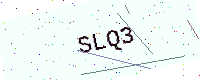
Text: SLQ3